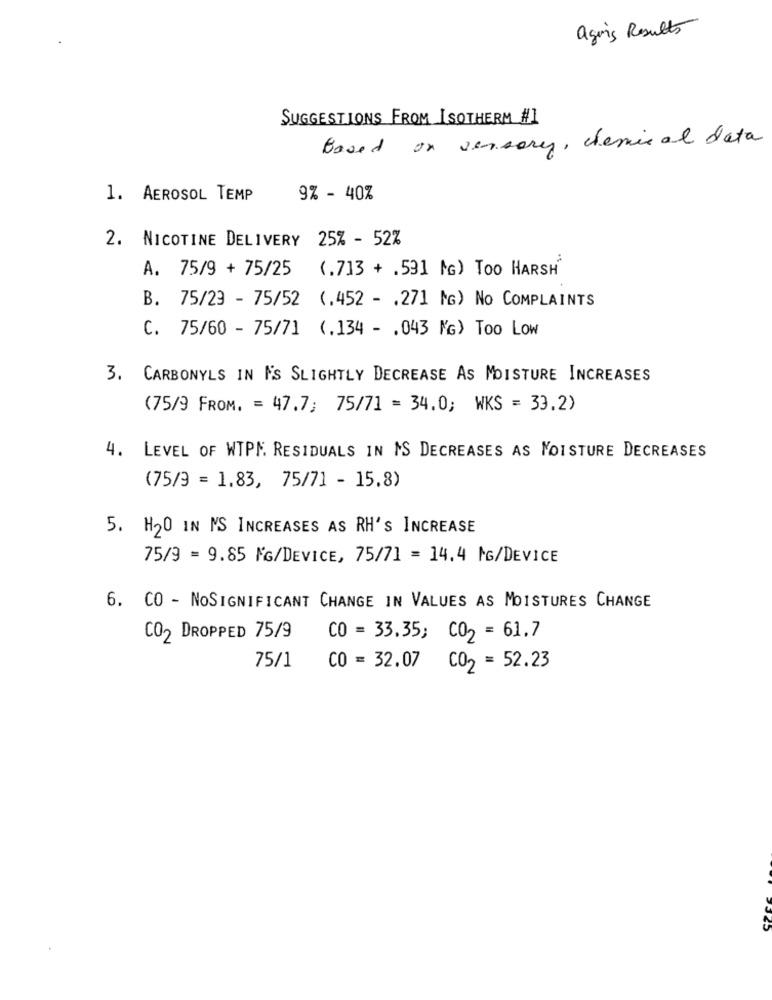
agins Results
SUGGESTIONS FROM ISOTHERM #]
Based on versary, chemical data
1. AEROSOL TEMP
9% - 40%
2. NICOTINE DELIVERY 25% - 52%
A. 75/9 + 75/25
(.713 + .591 MG) Too HARSH
B. 75/29 - 75/52 (.452 - . 271 MG) No COMPLAINTS
C. 75/60 - 75/71 (.134 - . 043 MG) Too Low
3. CARBONYLS IN IS SLIGHTLY DECREASE AS MOISTURE INCREASES
(75/9 FROM. = 47.7; 75/71 = 34.0; WKS = 33.2)
4. LEVEL OF WIPE. RESIDUALS IN IS DECREASES AS MOISTURE DECREASES
(75/9 = 1.83, 75/71 - 15.8)
5. H20 IN MS INCREASES AS RH'S INCREASE
75/9 = 9.85 MG/DEVICE, 75/71 = 14.4 MG/DEVICE
6. CO - NoSIGNIFICANT CHANGE IN VALUES AS MOISTURES CHANGE
CO2 DROPPED 75/9
CO = 33.35; CO2 = 61.7
75/1
CO = 32.07
CO2 = 52.23